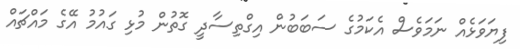
ފިޔަވަޅެއް ނަމަވެސް އެކަމުގެ ސަބަބުން އިގްތިސާދީ ގޮތުން މުޅި ގައުމު އޭގެ މައްޗައް